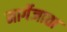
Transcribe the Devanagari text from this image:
मार्गेजाता